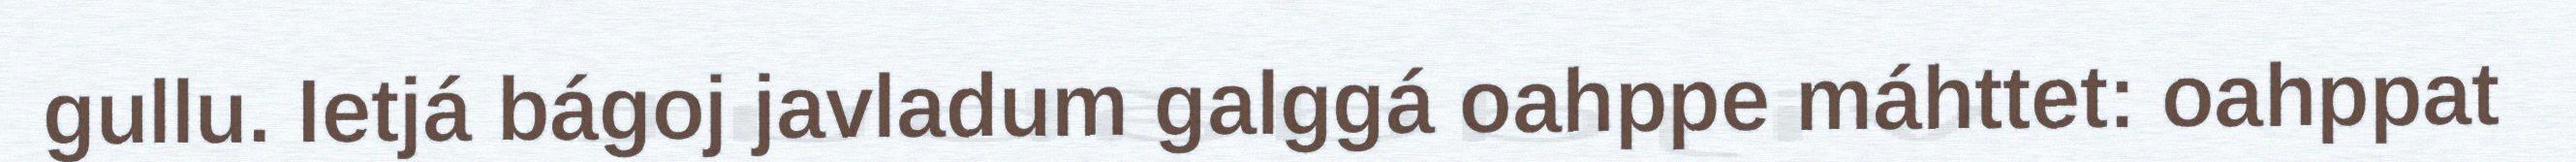
gullu. Ietjá bágoj javladum galggá oahppe máhttet: oahppat